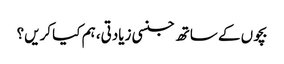
بچوں کے ساتھ جنسی زیادتی، ہم کیا کریں؟